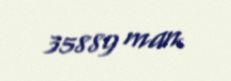
35889 man.